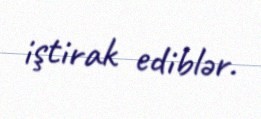
iştirak ediblər.